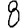
Digit: 8